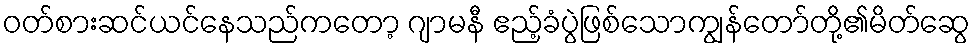
ဝတ်စားဆင်ယင်နေသည်ကတော့ ဂျာမနီ ဧည့်ခံပွဲဖြစ်သောကျွန်တော်တို့၏မိတ်ဆွေ